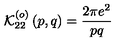
\mathcal { K } _ { 2 2 } ^ { \left( o \right) } \left( p , q \right) = \frac { 2 \pi e ^ { 2 } } { p q }